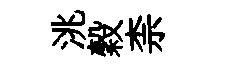
洮穀柰